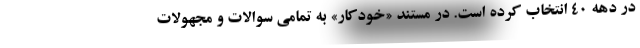
در دهه ۴۰ انتخاب کرده است. در مستند «خودکار» به تمامی سوالات و مجهولات